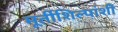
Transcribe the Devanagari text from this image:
मूर्तीशिल्पांशी